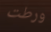
ورطت